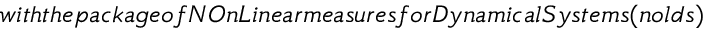
w i t h t h e p a c k a g e o f N O n L i n e a r m e a s u r e s f o r D y n a m i c a l S y s t e m s ( n o l d s )